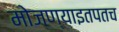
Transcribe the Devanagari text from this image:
मोजण्याइतपतच